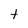
Character: t